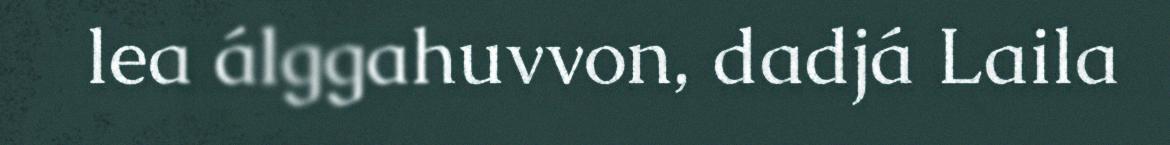
lea álggahuvvon, dadjá Laila